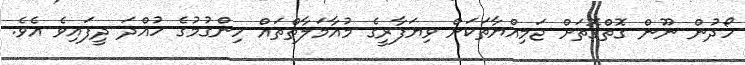
ހޯދުން ނޫން ގޮތްގޮތަށް ޖަމިއްޔާތަކަށް ވިޔަފާރީގެ މުއާމަލާތްތައް ހިންގުމުގެ ހުއްދަ ދީފައިވެ އެވެ.